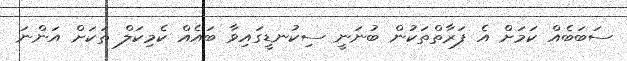
ސަބަބެއް ކަމަށް އެ ފަރާތްތަކުން ބުނަނީ ސިކުނޑީގައިވާ ބައެއް ކެމިކަލް ތަކަށް އަންނަ